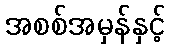
အစစ်အမှန်နှင့်